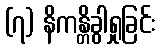
(၇) နိကန္တိခွါရှုခြင်း